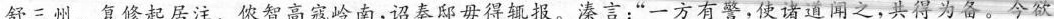
舒三州。复修起居注。侬智高寇岭南，诏奏邸毋得辄报。溱言：”一方有警，使诸道闻之，共得为备。今欲